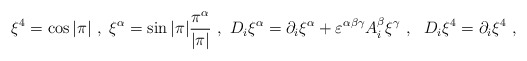
\begin{align*}\xi^4 = \cos |\pi| \ , \ \xi^\alpha = \sin |\pi| \frac{\pi^\alpha}{|\pi|} \ ,\ D_i\xi^\alpha= \partial_i \xi^\alpha +\varepsilon^{\alpha\beta\gamma} A_i^\beta \xi^\gamma \ , \ \ D_i\xi^4= \partial_i \xi^4 \ , \end{align*}